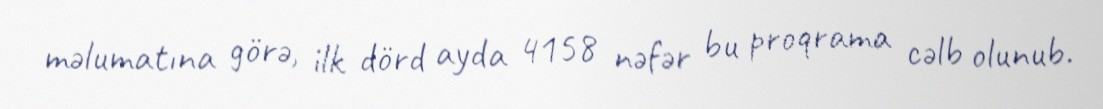
məlumatına görə, ilk dörd ayda 4158 nəfər bu proqrama cəlb olunub.